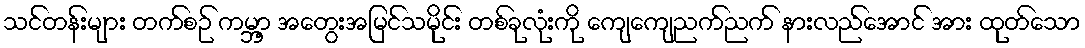
သင်တန်းများ တက်စဉ် ကမ္ဘာ့ အတွေးအမြင်သမိုင်း တစ်ခုလုံးကို ကျေကျေညက်ညက် နားလည်အောင် အား ထုတ်သော